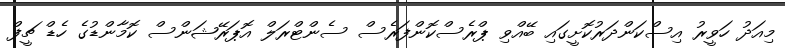
މިއަދު ހަވީރު އިސްކަންދަރުކޮށީގައި ބޭއްވި ޕްރެސްކޮންފަރެސް ސެންޓްރަލް އޮޕަރޭޝަންސް ކޮމާންޑުގެ ހެޑް ޗީފް